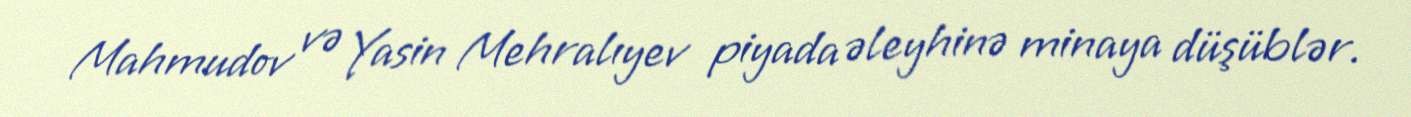
Mahmudov və Yasin Mehralıyev piyada əleyhinə minaya düşüblər.